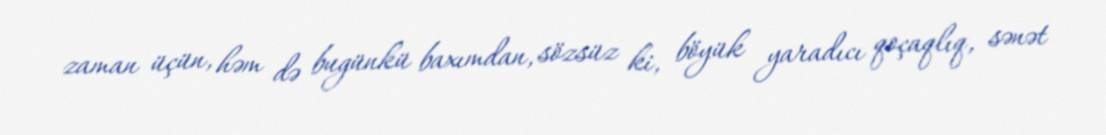
zaman üçün, həm də bugünkü baxımdan, sözsüz ki, böyük yaradıcı qoçaqlıq, sənət